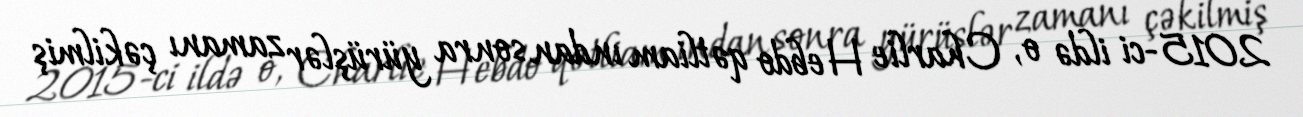
2015-ci ildə o, Charlie Hebdo qətliam ından sonra yürüşlər zamanı çəkilmiş